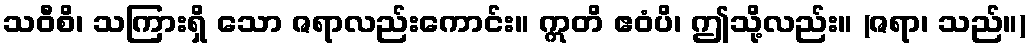
သဝီစိ၊ သကြားရှိ သော ဇရာလည်းကောင်း။ ဣတိ ဧဝံပိ၊ ဤသို့လည်း။ (ဇရာ၊ သည်။)